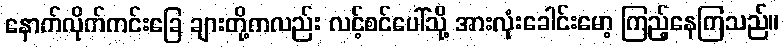
နောက်လိုက်ကင်းခြေ ချားတို့ကလည်း လင့်စင်ပေါ်သို့ အားလုံးခေါင်းမော့ ကြည့်နေကြသည်။